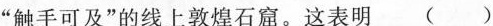
”触手可及”的线上敦煌石窟。这表明( )